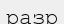
разр